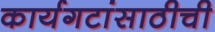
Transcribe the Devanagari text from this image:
कार्यगटांसाठीची